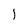
Character: l